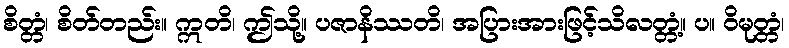
စိတ္တံ၊ စိတ်တည်း။ ဣတိ၊ ဤသို့။ ပဇာနိဿတိ၊ အပြားအားဖြင့်သိလတ္တံ့။ ပ။ ဝိမုတ္တံ၊